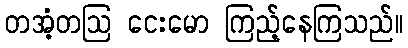
တအံ့တဩ ငေးမော ကြည့်နေကြသည်။